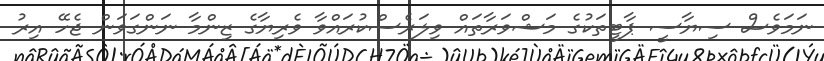
ނަމަވެސް ސިޔާސީ ޕާޓީތަކުގެ މަޝްވަރާތައް ވިލަރެސްކުރައްވާ ވެރިޔާގެ ޒިންމާ ނަންގަވަން ޖެހޭ އިރު